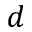
d